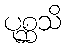
ပုစ္ဆသိ